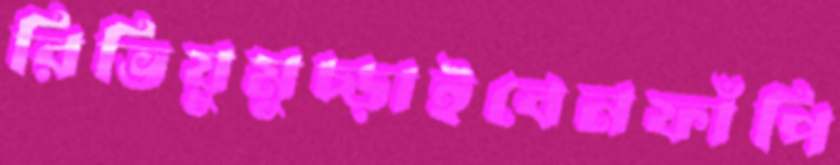
রিভিয়ুমুচ্‌ড়াইবেনফাঁপি